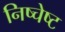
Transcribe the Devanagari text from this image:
निष्चेष्ट